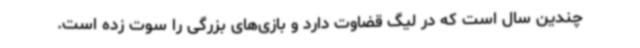
چندین سال است که در لیگ قضاوت دارد و بازی‌های بزرگی را سوت زده است.